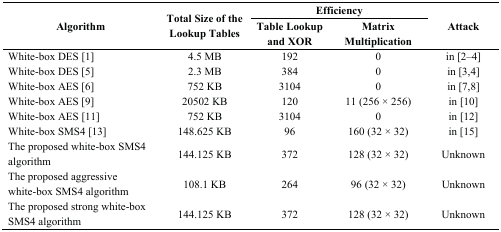
<table><thead><tr><td rowspan="2"><b>Algorithm</b></td><td rowspan="2"><b>Total Size of the Lookup Tables</b></td><td colspan="2"><b>Efficiency</b></td><td rowspan="2"><b>Attack</b></td></tr><tr><td><b>Table Lookup and XOR</b></td><td><b>Matrix Multiplication</b></td></tr></thead><tbody><tr><td>White-box DES [1]</td><td>4.5 MB</td><td>192</td><td>0</td><td>in [2,3,4]</td></tr><tr><td>White-box DES [5]</td><td>2.3 MB</td><td>384</td><td>0</td><td>in [3,4]</td></tr><tr><td>White-box AES [6]</td><td>752 KB</td><td>3104</td><td>0</td><td>in [7,8]</td></tr><tr><td>White-box AES [9]</td><td>20502 KB</td><td>120</td><td>11 (256 × 256)</td><td>in [10]</td></tr><tr><td>White-box AES [11]</td><td>752 KB</td><td>3104</td><td>0</td><td>in [12]</td></tr><tr><td>White-box SMS4 [13]</td><td>148.625 KB</td><td>96</td><td>160 (32 × 32)</td><td>in [15]</td></tr><tr><td>The proposed white-box SMS4 algorithm</td><td>144.125 KB</td><td>372</td><td>128 (32 × 32)</td><td>Unknown</td></tr><tr><td>The proposed aggressive white-box SMS4 algorithm</td><td>108.1 KB</td><td>264</td><td>96 (32 × 32)</td><td>Unknown</td></tr><tr><td>The proposed strong white-box SMS4 algorithm</td><td>144.125 KB</td><td>372</td><td>128 (32 × 32)</td><td>Unknown</td></tr></tbody></table>